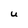
Character: U